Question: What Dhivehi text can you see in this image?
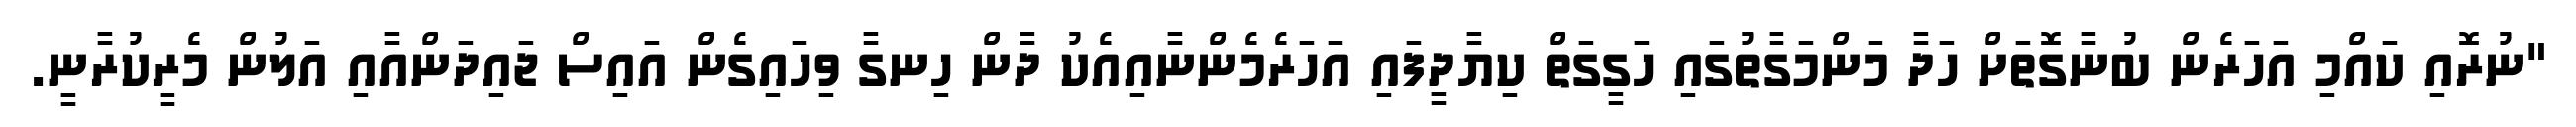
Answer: "ނުރޮއި ކައްމި އަހަރެން ބުނާގޮތަށް ހަދާ މަންމަގާތުގައި ހަގީގަތް ކިޔާދީފައި އަހަރެމެންނާއިއެކު ދާން ހިނގާ ވިހައިގެން އައިސް ޖައިދަންއާއި އަލުން މެރީކުރާނީ.